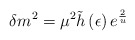
\begin{align*}\delta m^{2}=\mu ^{2}\tilde{h}\left( \epsilon \right) e^{\frac{2}{u}}\end{align*}